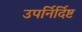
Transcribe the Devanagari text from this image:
उपर्निर्दिष्ट